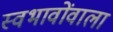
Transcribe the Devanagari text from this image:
स्वभावोंवाला